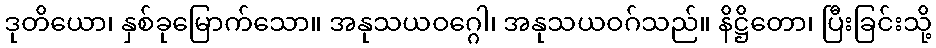
ဒုတိယော၊ နှစ်ခုမြောက်သော။ အနုသယဝဂ္ဂေါ၊ အနုသယဝဂ်သည်။ နိဋ္ဌိတော၊ ပြီးခြင်းသို့